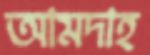
আমদাহ